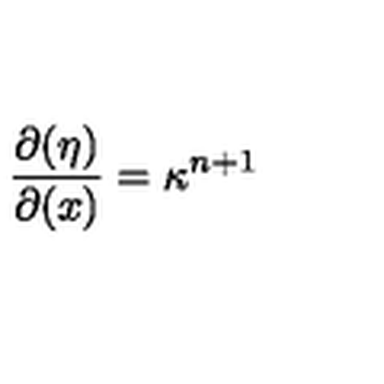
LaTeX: \frac { \partial ( \eta ) } { \partial ( x ) } = \kappa ^ { n + 1 }